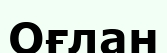
Оғлан